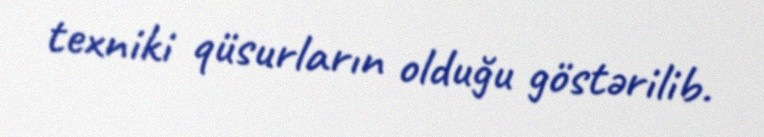
texniki qüsurların olduğu göstərilib.